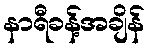
နာရီခန့်အချိန်